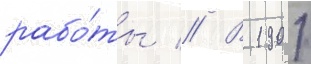
рабо́ты // В 1901